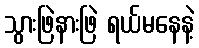
သွားဖြဲနားဖြဲ ရယ်မနေနဲ့